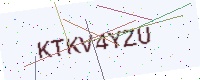
Text: KTKV4YZU